Report of the Indian Hemp Drugs Commission, 1894-1895 - Volume V
Year: 1894
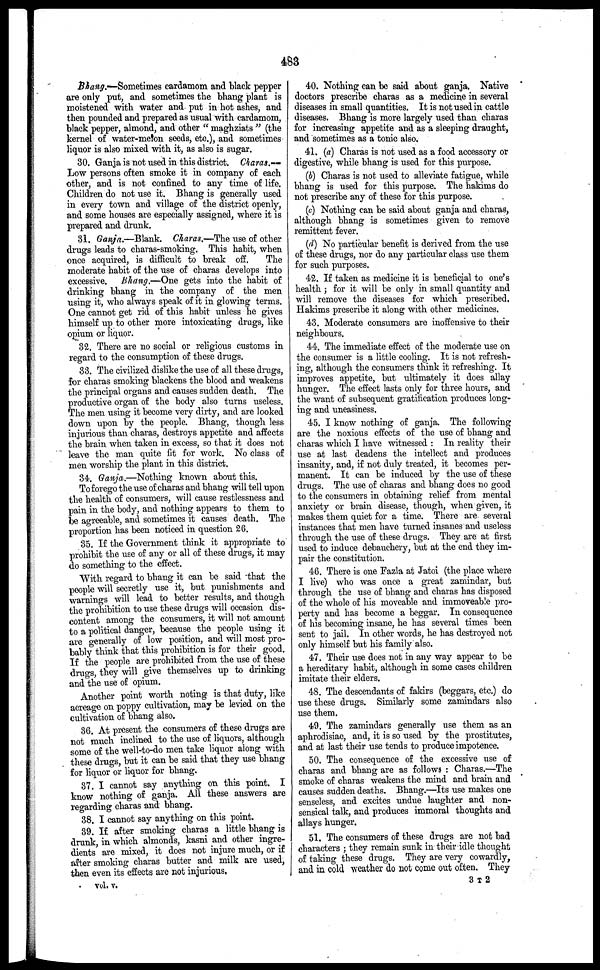
483
Bhang.—Sometimes cardamom and black pepper
are only put, and sometimes the bhang plant is
moistened with water and put in hot ashes, and
then pounded and prepared as usual with cardamom,
black pepper, almond, and other " maghziats " (the
kernel of water-melon seeds, etc.), and sometimes
liquor is also mixed with it, as also is sugar.
30. Ganja is not used in this district. Charas.—
Low persons often smoke it in company of each
other, and is not confined to any time of life.
Children do not use it. Bhang is generally used
in every town and village of the district openly,
and some houses are especially assigned, where it is
prepared and drunk.
31. Ganja.—Blank. Charas.—The use of other
drugs leads to charas-smoking. This habit, when
once acquired, is difficult to break off.
The
moderate habit of the use of charas develops into
excessive. Bhang.—One gets into the habit of
drinking bhang in the company of the men
using it, who always speak of it in glowing terms.
One cannot get rid of this habit unless he gives
himself up to other more intoxicating drugs, like
opium or liquor.
32. There are no social or religious customs in
regard to the consumption of these drugs.
33. The civilized dislike the use of all these drugs,
for charas smoking blackens the blood and weakens
the principal organs and causes sudden death. The
productive organ of the body also turns useless.
The men using it become very dirty, and are looked
down upon by the people. Bhang, though less
injurious than charas, destroys appetite and affects
the brain when taken in excess, so that it does not
leave the man quite fit for work. No class of
men worship the plant in this district.
34. Ganja.—Nothing known about this.
To forego the use of charas and bhang will tell upon
the health of consumers, will cause restlessness and
pain in the body, and nothing appears to them to
be agreeable, and sometimes it causes death. The
proportion has been noticed in question 26.
35. If the Government think it appropriate to
prohibit the use of any or all of these dings, it may
do something to the effect.
With regard to bhang it can be said that the
people will secretly use it, but punishments and
warnings will lead to better results, and though
the prohibition to use these drugs will occasion dis-
content among the consumers, it will not amount
to a political danger, because the people using it
are generally of low position, and will most pro-
bably think that this prohibition is for their good.
If the people are prohibited from the use of these
drugs, they will give themselves up to drinking
and the use of opium.
Another point worth noting is that duty, like
acreage on poppy cultivation, may be levied on the
cultivation of bhang also.
36. At present the consumers of these drugs are
not much inclined to the use of liquors, although
some of the well-to-do men take liquor along with
these drugs, but it can be said that they use bhang
for liquor or liquor for bhang.
37. I cannot say anything on this point. I
know nothing of ganja. All these answers are
regarding charas and bhang.
38. I cannot say anything on this point.
39. If after smoking charas a little bhang is
drunk, in which almonds, kasni and other ingre-
dients are mixed, it does not injure much, or if
after smoking charas butter and milk are used,
then even its effects are not injurious,
vol. v.
40. Nothing can be said about ganja. Native
doctors prescribe charas as a medicine in several
diseases in small quantities. It is not used in cattle
diseases. Bhang is more largely used than charas
for increasing appetite and as a sleeping draught,
and sometimes as a tonic also.
41. (a) Charas is not used as a food accessory or
digestive, while bhang is used for this purpose.
(b) Charas is not used to alleviate fatigue, while
bhang is used for this purpose. The hakims do
not prescribe any of these for this purpose.
(c) Nothing can be said about ganja and charas,
although bhang is sometimes given to remove
remittent fever.
(d) No particular benefit is derived from the use
of these drugs, nor do any particular class use them
for such purposes.
42. If taken as medicine it is beneficial to one's
health ; for it will be only in small quantity and
will remove the diseases for which prescribed.
Hakims prescribe it along with other medicines.
43. Moderate consumers are inoffensive to their
neighbours.
44. The immediate effect of the moderate use on
the consumer is a little cooling. It is not refresh-
ing, although the consumers think it refreshing. It
improves appetite, but ultimately it does allay
hunger. The effect lasts only for three hours, and
the want of subsequent gratification produces long-
ing and uneasiness.
45. I know nothing of ganja. The following
are the noxious effects of the use of bhang and
charas which I have witnessed : In reality their
use at last deadens the intellect and produces
insanity, and, if not duly treated, it becomes per-
manent. It can be induced by the use of these
drugs. The use of charas and bhang does no good
to the consumers in obtaining relief from mental
anxiety or brain disease, though, when given, it
makes them quiet for a time. There are several
instances that men have turned insanes and useless
through the use of these drugs. They are at first
used to induce debauchery, but at the end they im-
pair the constitution.
46. There is one Fazla at Jatoi (the place where
I live) who was once a great zamindar, but
through the use of bhang and charas has disposed
of the whole of his moveable and immoveable pro-
perty and has become a beggar. In consequence
of his becoming insane, he has several times been
sent to jail. In other words, he has destroyed not
only himself but his family also.
47. Their use does not in any way appear to be
a hereditary habit, although in some cases children
imitate their elders.
48. The descendants of fakirs (beggars, etc.) do
use these drugs. Similarly some zamindars also
use them.
49. The zamindars generally use them as an
aphrodisiac, and, it is so used by the prostitutes,
and at last their use tends to produce impotence.
50. The consequence of the excessive use of
charas and bhang are as follows : Charas.—The
smoke of charas weakens the mind and brain and
causes sudden deaths. Bhang.—Its use makes one
senseless, and excites undue laughter and non-
sensical talk, and produces immoral thoughts and
allays hunger.
51. The consumers of these drugs arc not bad
characters ; they remain sunk in their idle thought
of taking these drugs. They are very cowardly,
and in cold weather do not come out often. They
3 T 2